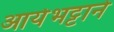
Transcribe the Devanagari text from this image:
आर्यभट्टाने